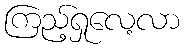
ကြည့်ရှုလေ့လာ